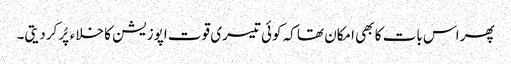
پھر اس بات کا بھی امکان تھا کہ کوئی تیسری قوت اپوزیشن کا خلاءپُر کردیتی۔